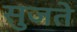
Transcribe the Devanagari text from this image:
सुजते